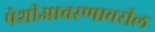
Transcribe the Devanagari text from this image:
पेशीआवरणावरील